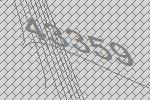
43359